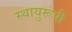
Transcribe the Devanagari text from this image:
स्थायुरूपी